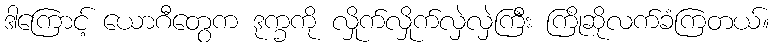
ဒါကြောင့် ယောဂီတွေက ဒုက္ခကို လှိုက်လှိုက်လှဲလှဲကြီး ကြိုဆိုလက်ခံကြတယ်။